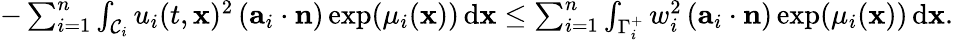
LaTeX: \begin{array}{r}{-\sum_{i=1}^{n}\int_{\mathcal{C}_{i}}u_{i}(t,\mathbf{x})^{2}\left(\mathbf{a}_{i}\cdot\mathbf{n}\right)\exp(\mu_{i}(\mathbf{x}))\, \textup{d}\mathbf{x}\leq\sum_{i=1}^{n}\int_{\Gamma_{i}^{+}}w_{i}^{2}\left(\mathbf{a}_{i}\cdot\mathbf{n}\right)\exp(\mu_{i}(\mathbf{x}))\, \textup{d}\mathbf{x}.}\end{array}